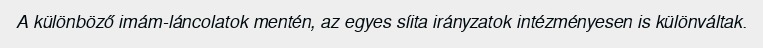
A különböző imám-láncolatok mentén, az egyes síita irányzatok intézményesen is különváltak.